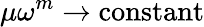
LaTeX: \mu\omega^{m}\rightarrow\mathrm{constant}